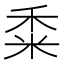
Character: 𥞫